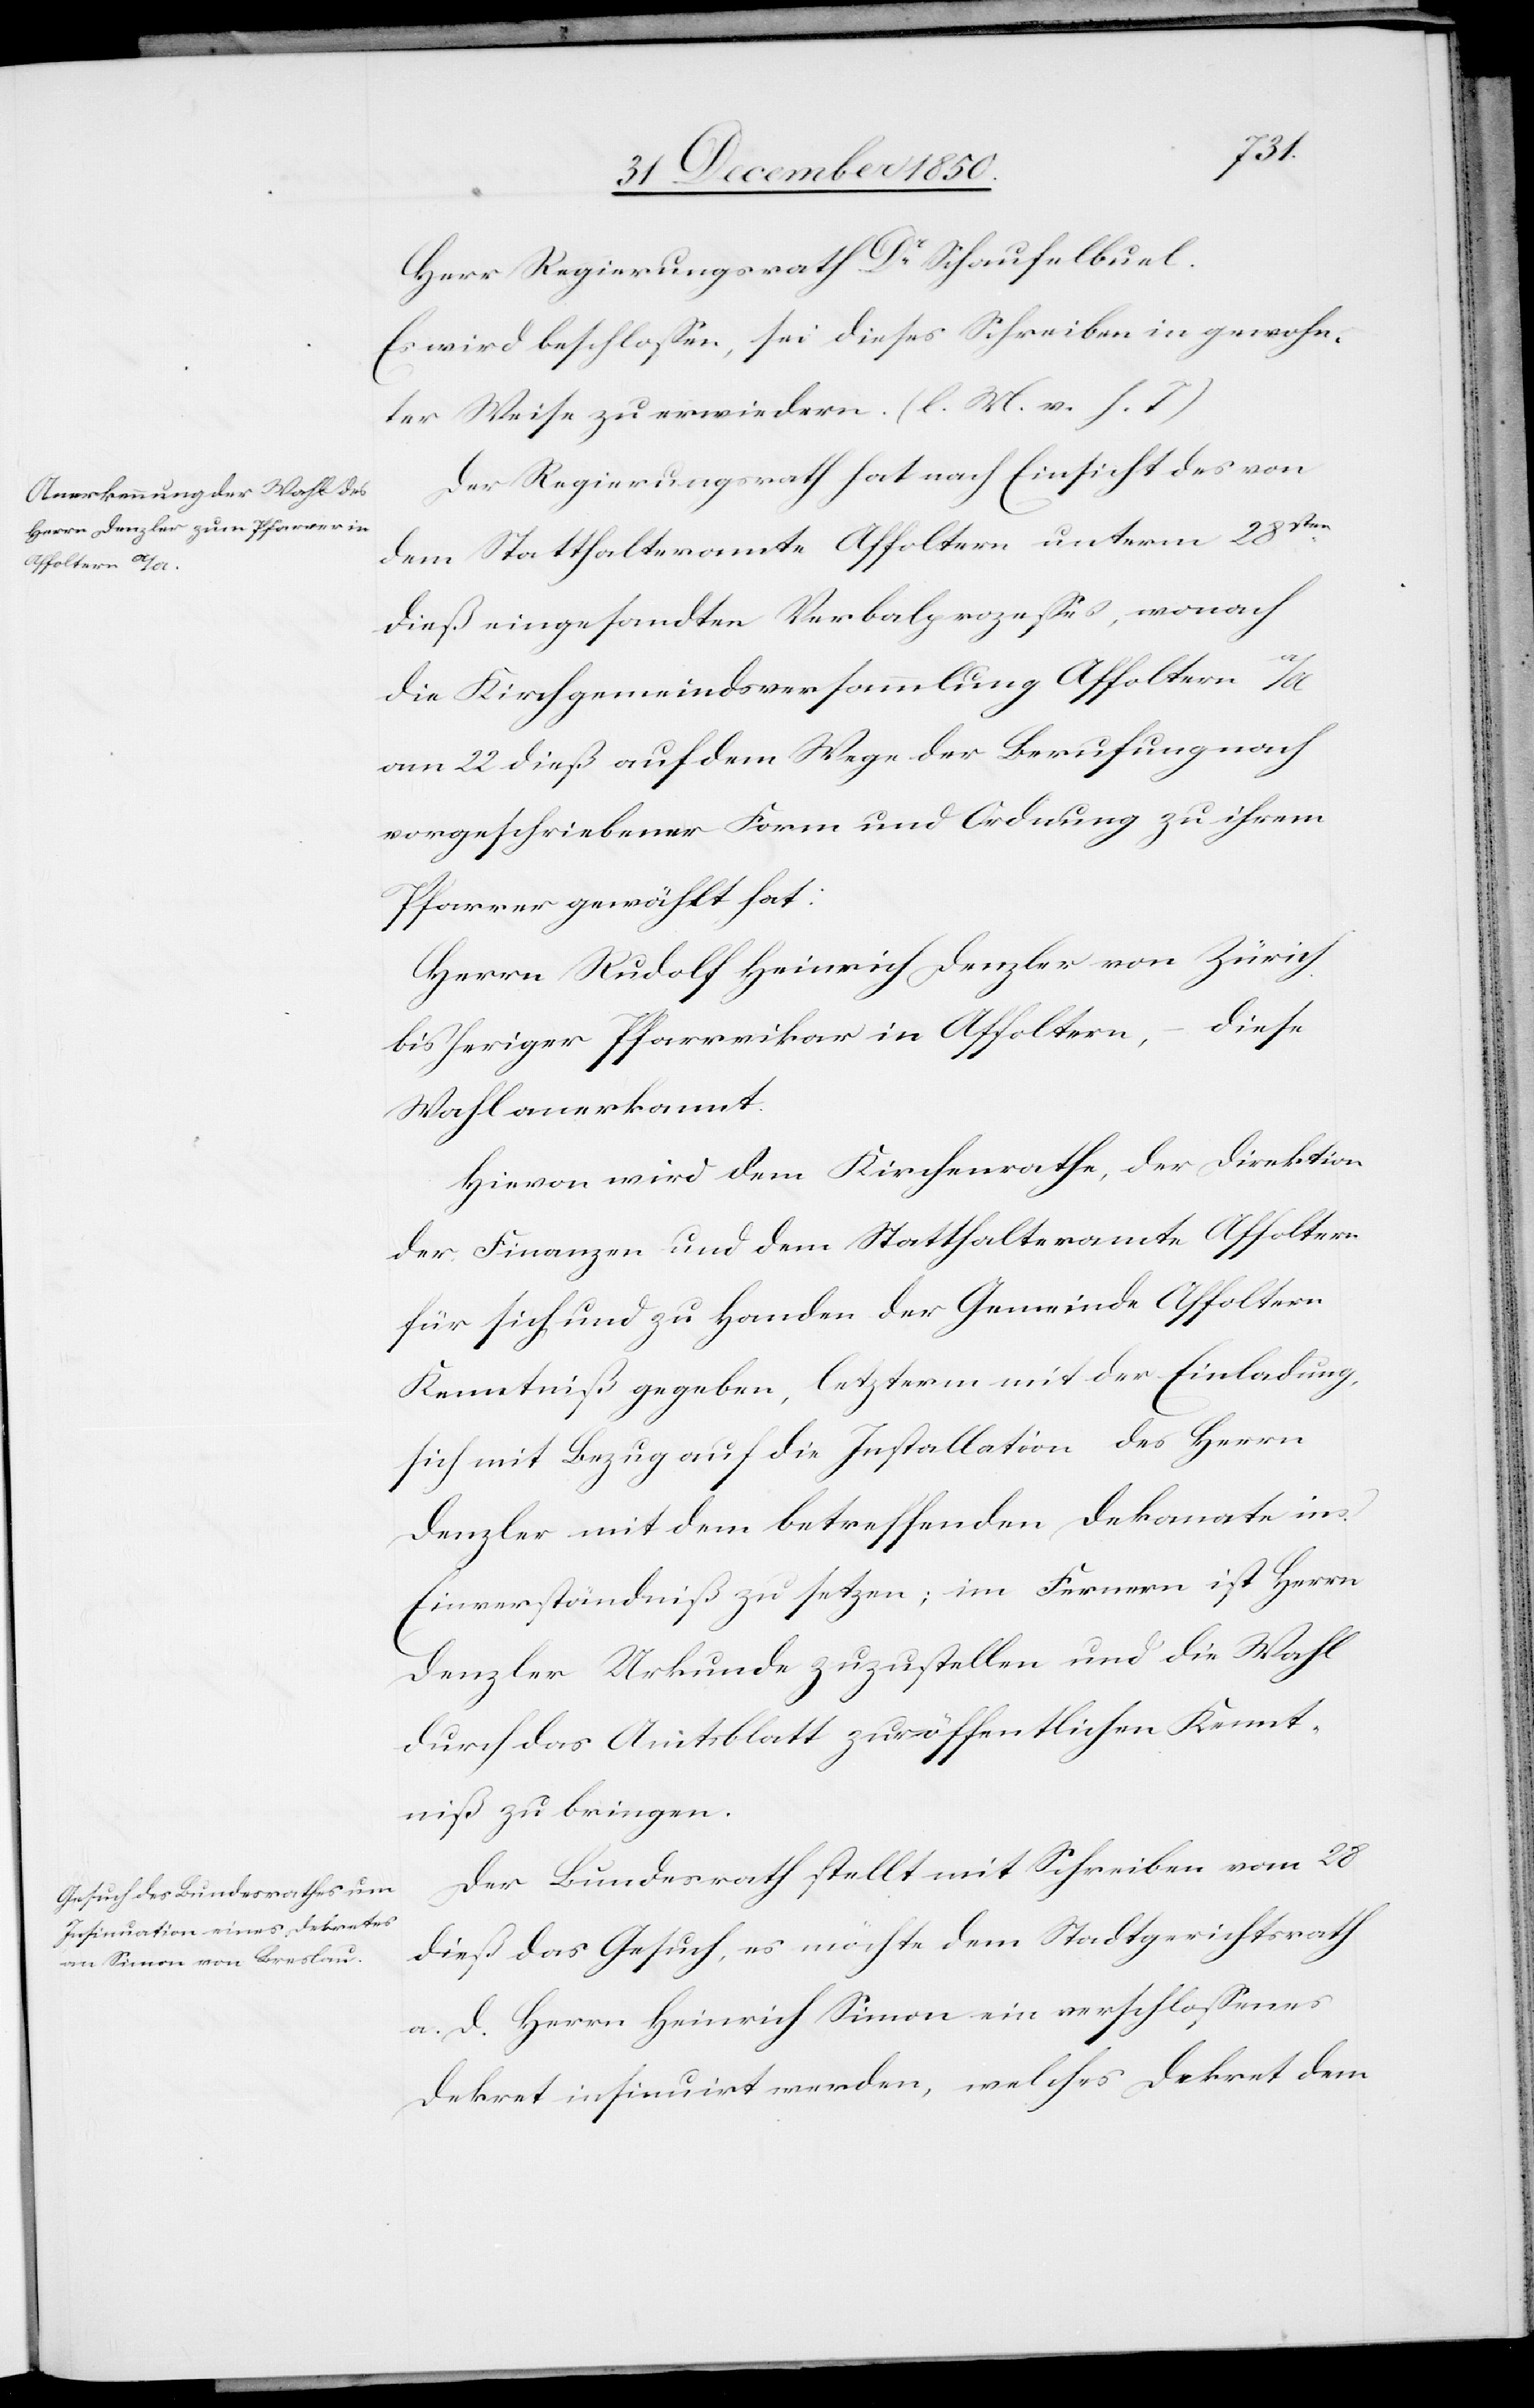
Herr Regierungsrath Dr Schaufelbuel.
Es wird beschlossen, sei dieses Schreiben in gewohn¬
ter Weise zu erwiedern. (l. M. v. h. T)
Der Regierungsrath hat nach Einsicht des von
dem Statthalteramte Affoltern unterm 28sten
dieß eingesandten Verbalprozesses, wonach
die Kirchgemeindsversammlung Affoltern a/A
am 22 dieß auf dem Wege der Berufung zu
Pfarrer gewählt hat:
Herrn Rudolf Heinrich Denzler von Zürich
bisheriger Pfarrvikar in Affoltern, – diese
Wahl anerkannt.
Hievon wird dem Kirchenrathe, der Direktion
der Finanzen und dem Statthalteramte Affoltern
für sich und zu Handen der Gemeinde Affoltern
Kenntniß gegeben, letzterm mit der Einladung,
sich mit Bezug auf die Installation des Herrn
Denzler mit dem betreffenden Dekanate ins
Einverständniß zu setzen; im Fernern ist Herrn
Denzler Urkunde zuzustellen und die Wahl
durch das Amtsblatt zur öffentlichen Kennt¬
niß zu bringen.
Der Bundesrath stellt mit Schreiben vom 28
dieß das Gesuch, es möchte dem Stadtgerichtsrath
a. d. Herrn Heinrich Simon ein verschlossenes
Dekret insinuirt werden, welches Dekret dem